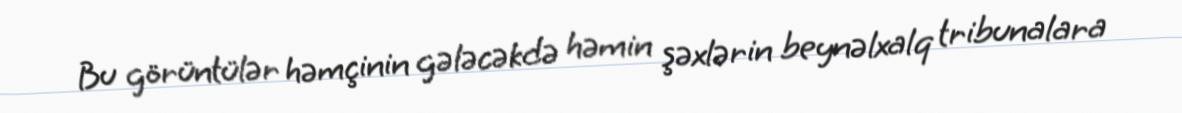
Bu görüntülər həmçinin gələcəkdə həmin şəxlərin beynəlxalq tribunalara